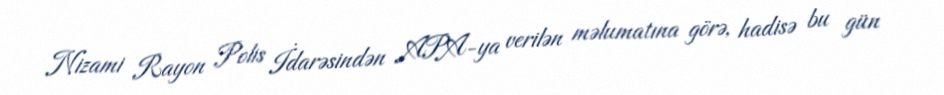
Nizami Rayon Polis İdarəsindən APA-ya verilən məlumatına görə, hadisə bu gün